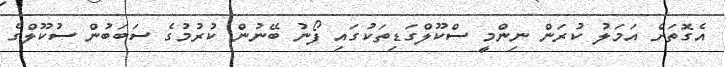
އެގޮތަށް އަމަލު ކުރަން ނިންމީ ސްކޫލްގަޑިތަކުގައި ފޯނު ބޭނުން ކުރުމުގެ ސަބަބުން ސުކޫލްގެ